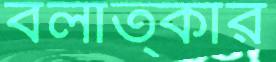
বলাত্কার